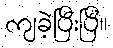
ကျခဲ့ပြီးပြီ။